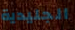
الجليدية